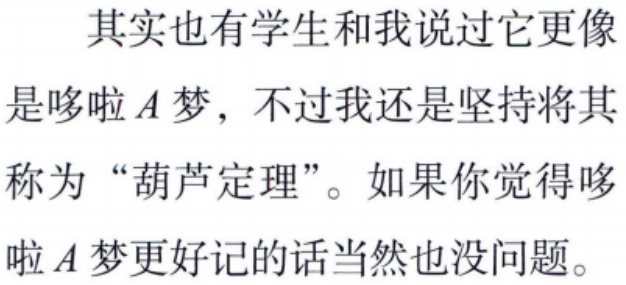
其实也有学生和我说过它更像
是哆啦\(A\)梦，不过我还是坚持将其
称为“葫芦定理”。如果你觉得哆
啦\(A\)梦更好记的话当然也没问题。